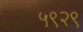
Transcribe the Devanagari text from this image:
५९२९